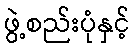
ဖွဲ့စည်းပုံနှင့်